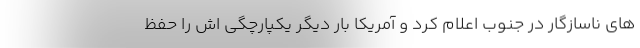
های ناسازگار در جنوب اعلام کرد و آمریکا بار دیگر یکپارچگی اش را حفظ